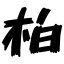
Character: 柏